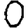
Digit: 0